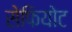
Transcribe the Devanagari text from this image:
सेफियोट